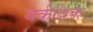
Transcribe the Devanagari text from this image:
बर्कविक